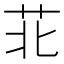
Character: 苝